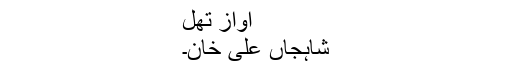
آواز تھل
شاہجاں علی خان۔